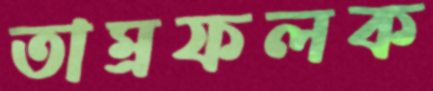
তাম্রফলক